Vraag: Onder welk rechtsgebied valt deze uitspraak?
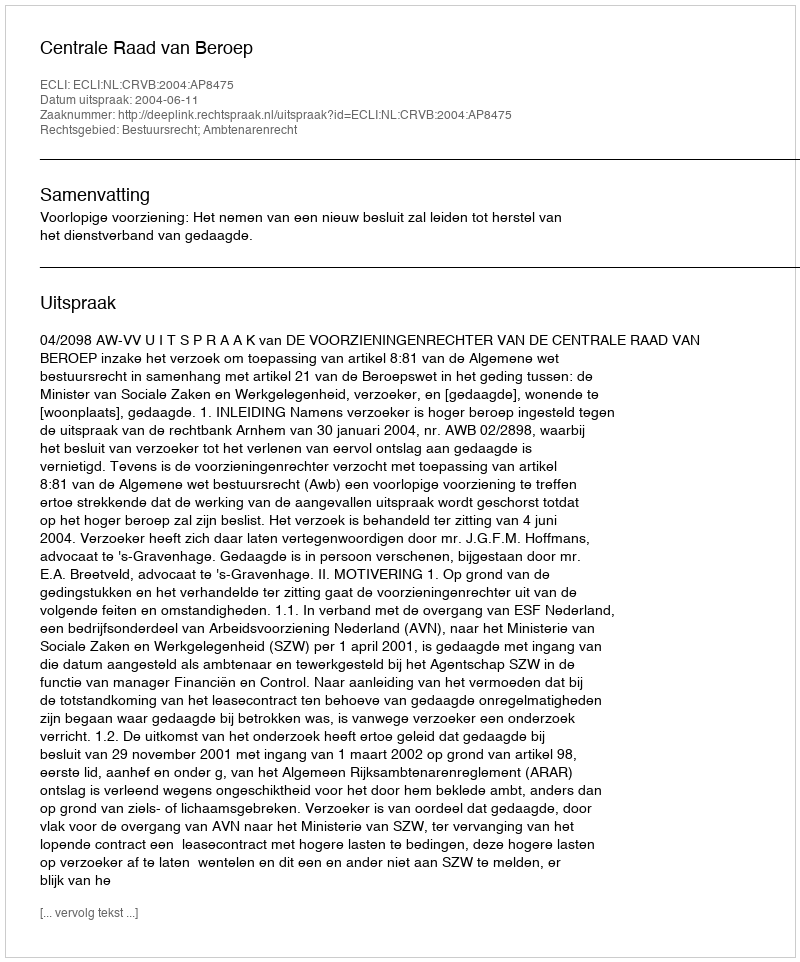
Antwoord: Bestuursrecht; Ambtenarenrecht